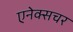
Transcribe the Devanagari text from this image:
एनेक्सचर